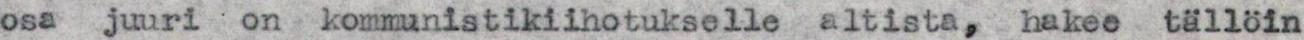
osa juuri on kommunistikiihotukselle altista, hakee tällöin